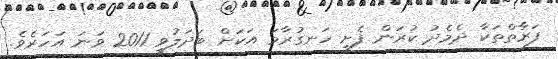
ފަރާތްތަކާ ދެމެދު ކުރަން ފެށި ހަނގުރާމަ އަކަށް ބަދަލުވީ 2011 ވަނަ އަހަރެވެ.